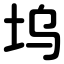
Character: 坞